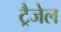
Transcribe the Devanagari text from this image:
ट्रैजेल